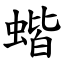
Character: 蝔